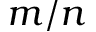
m / n